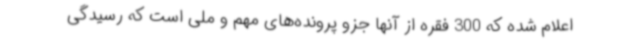
اعلام شده که 300 فقره از آنها جزو پرونده‌های مهم و ملی است که رسیدگی